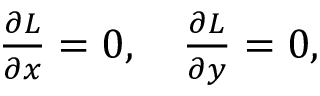
\begin{array} { r } { \frac { \partial { \cal L } } { \partial x } = 0 , \quad \frac { \partial { \cal L } } { \partial y } = 0 , } \end{array}